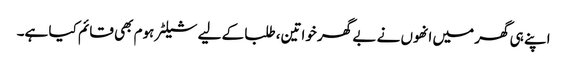
اپنے ہی گھر میں انھوں نے بے گھر خواتین، طلبا کے لیے شیلٹر ہوم بھی قائم کیا ہے۔